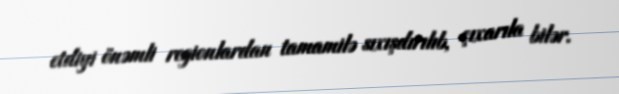
etdiyi önəmli regionlardan tamamilə sıxışdırılıb, çıxarıla bilər.